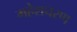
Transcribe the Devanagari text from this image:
महेशचरण